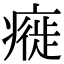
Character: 㿅